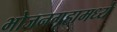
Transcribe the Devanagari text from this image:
भोजनगृहामध्ये